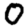
Digit: 0